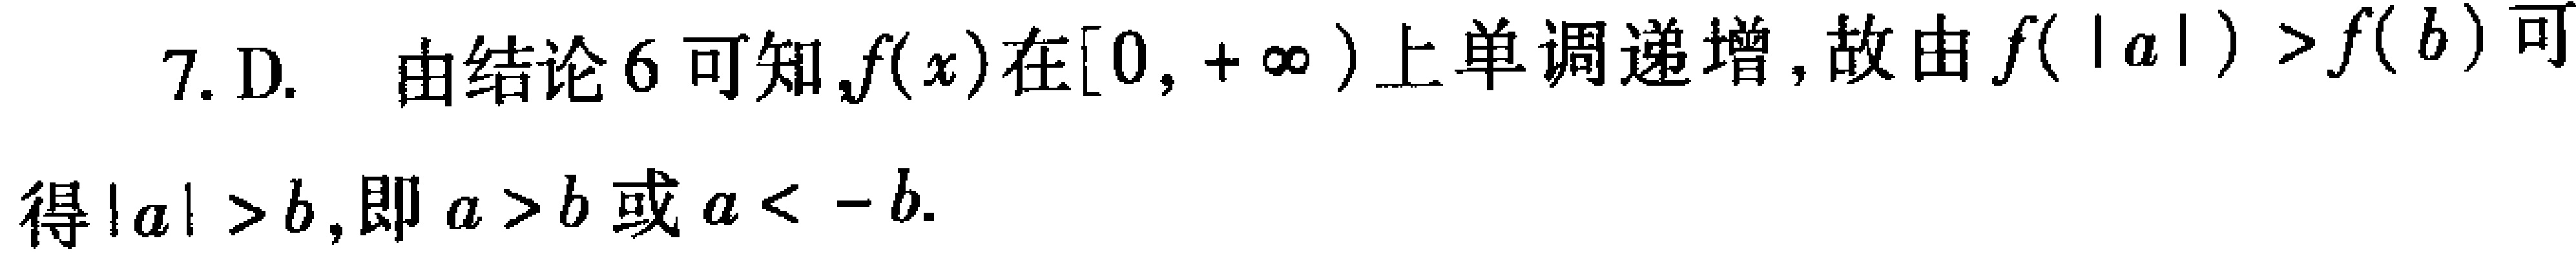
7. D. 由结论6可知,$f(x)$在$[0, +\infty)$上单调递增, 故由$f(|a|)>f(b)$可得$|a|>b$, 即$a > b$或$a < -b$.